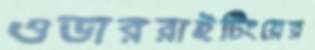
ওভাররাইটিংয়ের